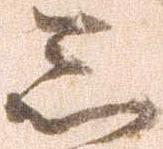
忩